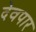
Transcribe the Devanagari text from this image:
देवपार